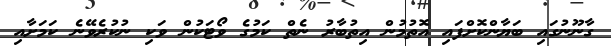
ގާނޫނުގައި ބަޔާންކޮށްފައި އޮތުމުން އިތުބާރު ނެތް ކަމުގެ ވޯޓަކުން ވަކި ނުކުރެވޭނެ ކަމަށާއި